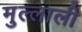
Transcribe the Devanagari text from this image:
मुल्लाली